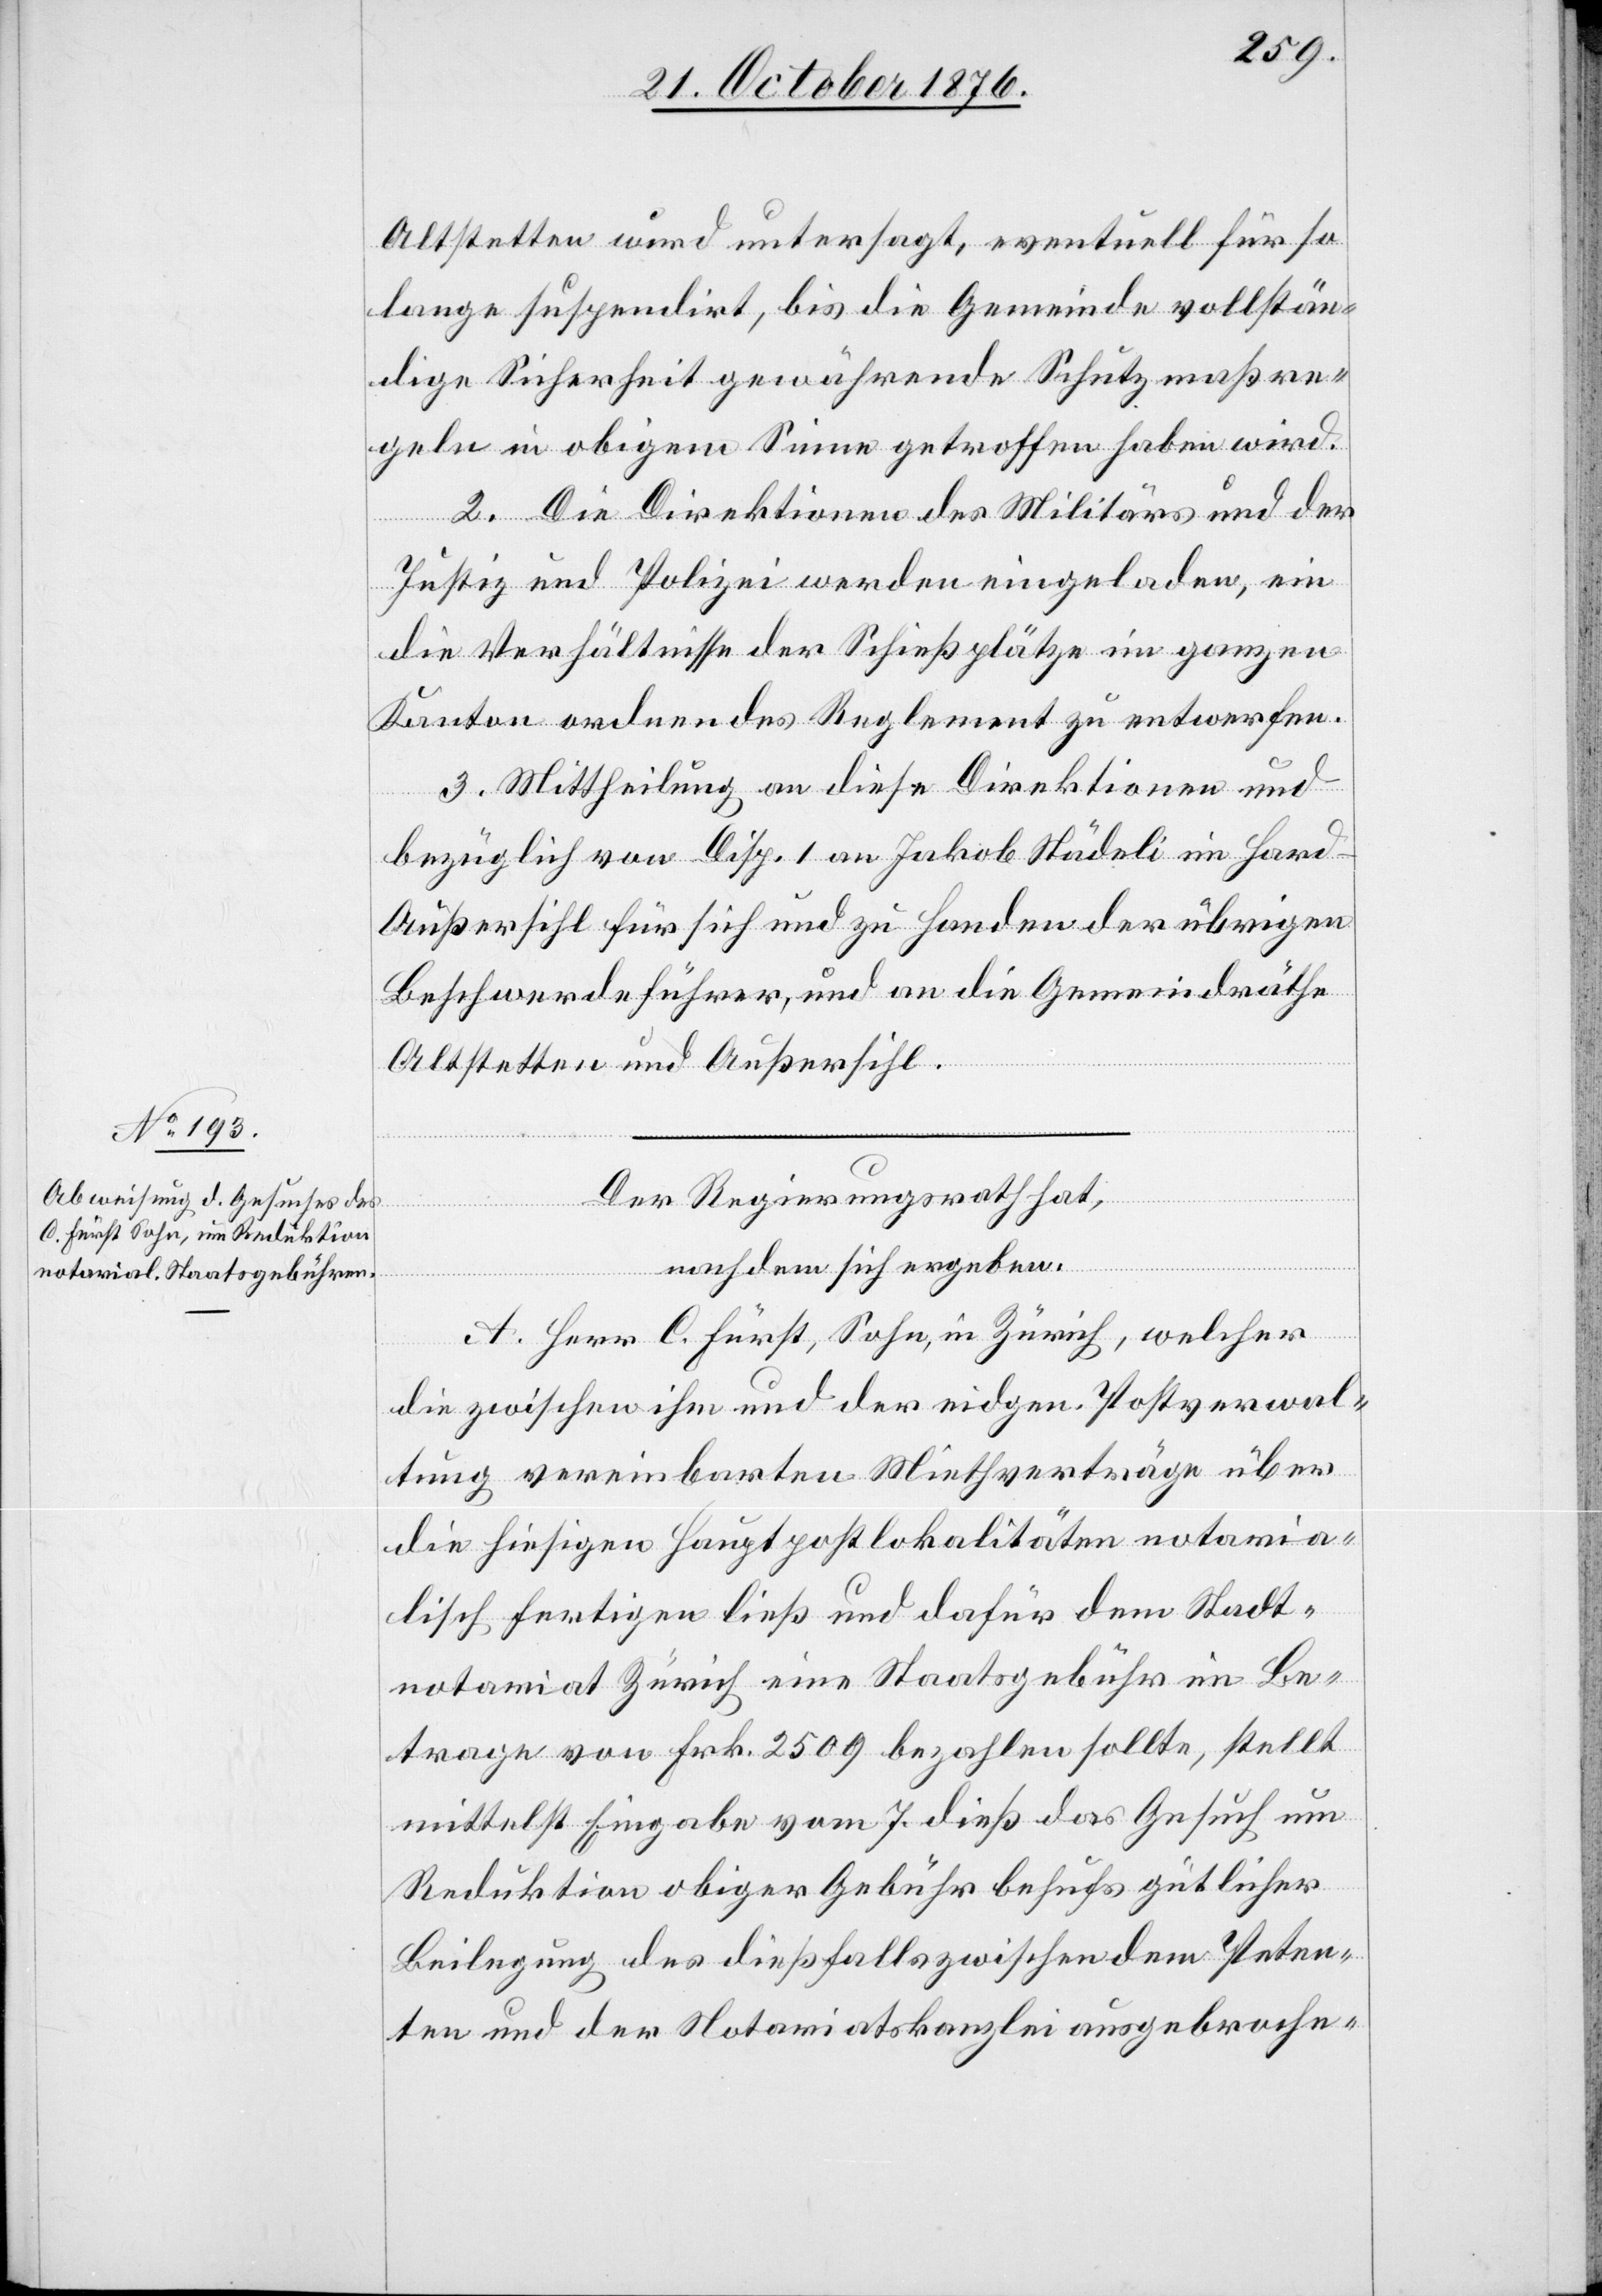
Altstetten wird untersagt, eventuell für so
lange suspendirt, bis die Gemeinde vollstän¬
dige Sicherheit gewährende Schutzmaßre¬
geln in obigem Sinne getroffen haben wird.
2. Die Direktionen des Militärs und der
Justiz und Polizei werden eingeladen, ein
die Verhältnisse der Schießplätze im ganzen
Kanton ordnendes Reglement zu entwerfen.
3. Mittheilung an diese Direktionen und
bezüglich von Disp. 1 an Jakob Städeli im Hard
Außersihl für sich und zu Handen der übrigen
Beschwerdeführer, und an die Gemeindräthe
Altstetten und Außersihl.
Der Regierungsrath hat
nachdem sich ergeben:
A. Herr C. Fürst, Sohn, in Zürich, welcher
die zwischen ihm und der eidgen. Postverwal¬
tung vereinbarten Miethverträge über
die hiesigen Hauptpostlokalitäten notaria¬
lisch fertigen ließ und dafür dem Stadt¬
notariat Zürich eine Staatsgebühr im Be¬
trage von Frk. 2509 bezahlen sollte, stellt
mittelst Eingabe vom 7. dieß das Gesuch um
Reduktion obiger Gebühr behufs gütlicher
Beilegung des dießfalls zwischen dem Peten¬
ten und der Notariatskanzlei ausgebroche-